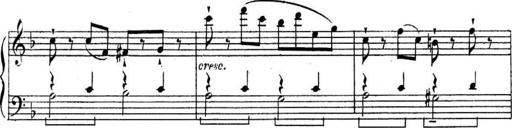
Title: Sonatines
Composer: Hedwige ChrÃ©tien